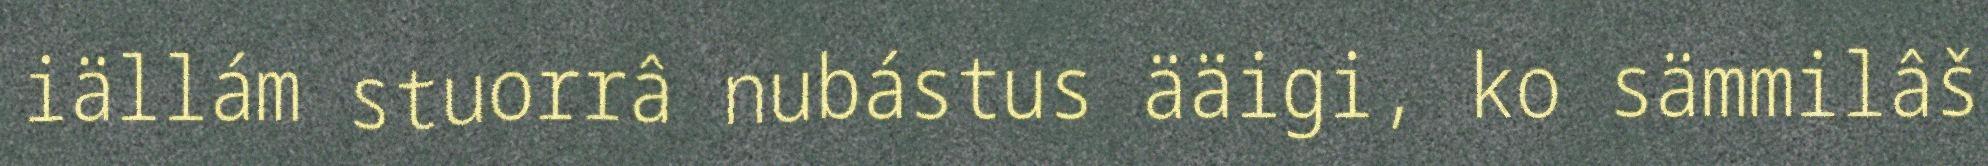
iällám stuorrâ nubástus ääigi, ko sämmilâš